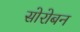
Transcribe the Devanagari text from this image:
सोरोबन